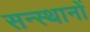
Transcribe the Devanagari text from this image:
सन्स्थानों